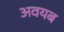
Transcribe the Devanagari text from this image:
अवयब